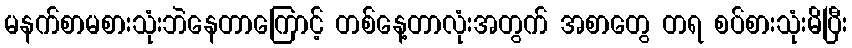
မနက်စာမစားသုံးဘဲနေတာကြောင့် တစ်နေ့တာလုံးအတွက် အစာတွေ တရ စပ်စားသုံးမိပြီး